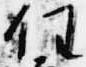
任